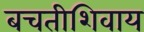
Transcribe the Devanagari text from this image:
बचतीशिवाय